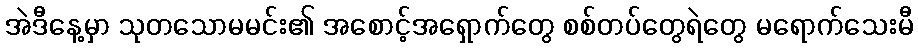
အဲဒီနေ့မှာ သုတသောမမင်း၏ အစောင့်အရှောက်တွေ စစ်တပ်တွေရဲတွေ မရောက်သေးမီ